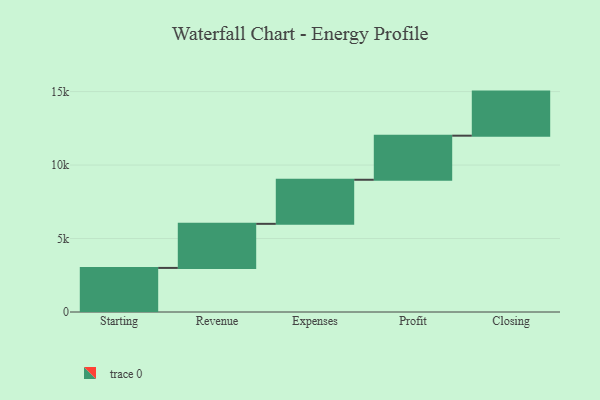
{"axis": {"x": "Step", "y": "Value"}, "legend": [""], "data": [{"x": "Starting", "y": 3000, "type": ""}, {"x": "Revenue", "y": 3000, "type": ""}, {"x": "Expenses", "y": 3000, "type": ""}, {"x": "Profit", "y": 3000, "type": ""}, {"x": "Closing", "y": 3000, "type": ""}]}